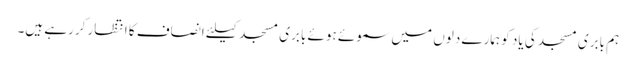
ہم بابری مسجد کی یاد کو ہمارے دلوں میں سموئے ہوئے بابری مسجد کیلئے انصاف کا انتظار کررہے ہیں۔